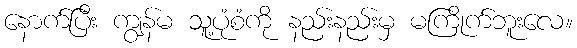
နောက်ပြီး ကျွန်မ သူ့ပုံစံကို နည်းနည်းမှ မကြိုက်ဘူးလေ။